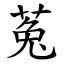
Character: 菟